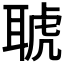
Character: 𦖖